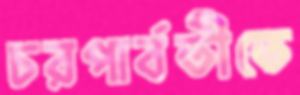
চরপার্বতীতে